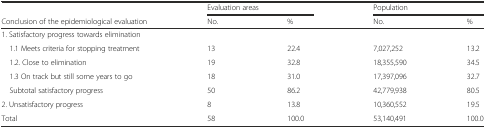
<table><thead><tr><td></td><td colspan="2"><b>Evaluation areas</b></td><td colspan="2"><b>Population</b></td></tr><tr><td><b>Conclusion of the epidemiological evaluation</b></td><td><b>No.</b></td><td><b>%</b></td><td><b>No.</b></td><td><b>%</b></td></tr></thead><tbody><tr><td>1. Satisfactory progress towards elimination</td><td></td><td></td><td></td><td></td></tr><tr><td> 1.1 Meets criteria for stopping treatment</td><td>13</td><td>22.4</td><td>7,027,252</td><td>13.2</td></tr><tr><td> 1.2. Close to elimination</td><td>19</td><td>32.8</td><td>18,355,590</td><td>34.5</td></tr><tr><td> 1.3 On track but still some years to go</td><td>18</td><td>31.0</td><td>17,397,096</td><td>32.7</td></tr><tr><td> Subtotal satisfactory progress</td><td>50</td><td>86.2</td><td>42,779,938</td><td>80.5</td></tr><tr><td>2. Unsatisfactory progress</td><td>8</td><td>13.8</td><td>10,360,552</td><td>19.5</td></tr><tr><td>Total</td><td>58</td><td>100.0</td><td>53,140,491</td><td>100.0</td></tr></tbody></table>